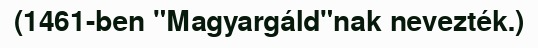
(1461-ben "Magyargáld"nak nevezték.)